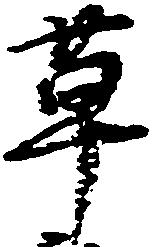
草